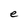
Character: e